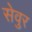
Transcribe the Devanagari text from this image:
सेवुर